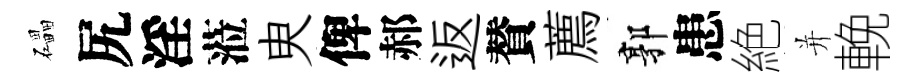
礧尻淫蒞㬰俾郝返賛薦郭患絶并輓